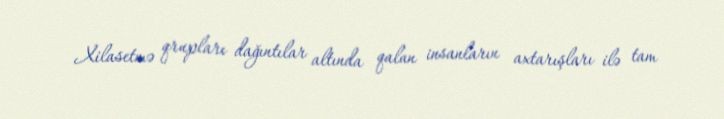
Xilasetmə qrupları dağıntılar altında qalan insanların axtarışları ilə tam